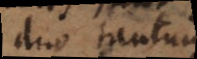
duo tantum,